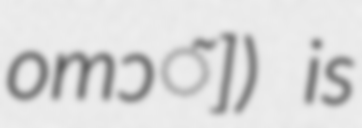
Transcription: omɔ̃]) is